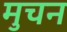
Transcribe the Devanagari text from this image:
मुचन